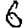
Digit: 6